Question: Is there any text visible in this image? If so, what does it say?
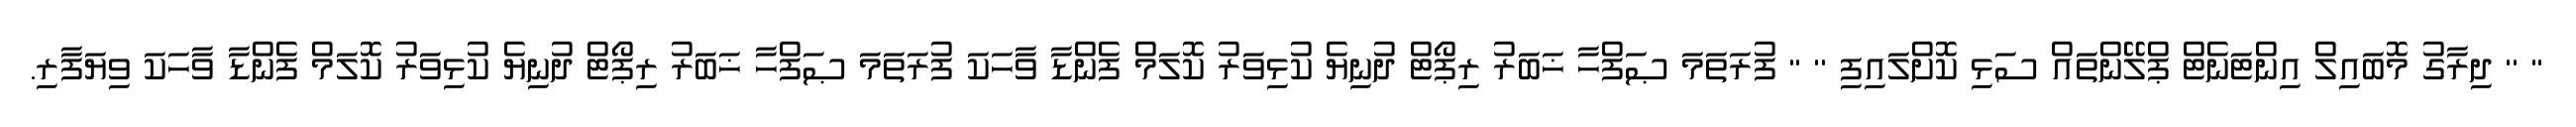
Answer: '' '' ދިރާގު މޮބައިލް އިންޓަނެޓް ޕްލޭންތައް ސަޅި ކޮށްލައިފި '' '' ފުރަތަމަ ޞަފްހާ ޚަބަރު ރިޕޯޓް ދުނިޔެ ކުޅިވަރު ކޮލަމް ފެންޑާ ވާހަކަ ފުރަތަމަ ޞަފްހާ ޚަބަރު ރިޕޯޓް ދުނިޔެ ކުޅިވަރު ކޮލަމް ފެންޑާ ވާހަކަ ވިޔަފާރި.